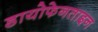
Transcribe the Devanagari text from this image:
डायोफेनताइन